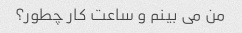
من می بینم و ساعت کار چطور؟